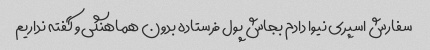
سفارش اسپری نیوا دادم بجاش پول فرستاده بدون هماهنگی و گفته نداریم